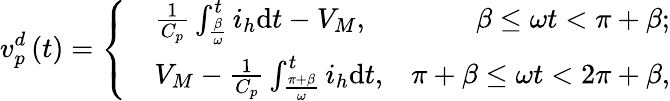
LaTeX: {v_{p}^{d}}\left(t\right)=\left\{ \begin{array}{rlr}&{\frac{1}{C_{p}}\int_{\frac{\beta}{\omega}}^{t}i_{h}\mathrm{d}t-{V_{M}},}&{\beta\le\omega t<\pi+\beta;}\\ &{{V_{M}}-\frac{1}{C_{p}}\int_{\frac{\pi+\beta}{\omega}}^{t}i_{h}\mathrm{d}t,}&{\pi+\beta\le\omega t<2\pi+\beta,}\end{array}\right.